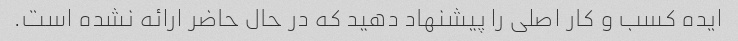
ایده کسب و کار اصلی را پیشنهاد دهید که در حال حاضر ارائه نشده است.